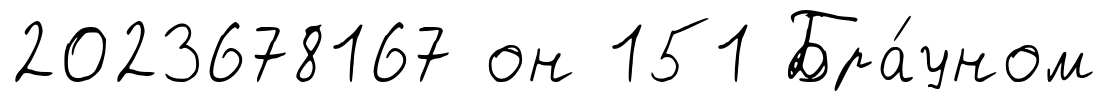
2023678167 он 151 Бра́уном